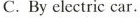
C. By electric car.